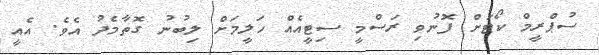
ސުޕްރީމް ކޯޓަށް ފޮނުވި ރަސްމީ ސިޓީއެއް ހަލީމަށް ލިބުނު ގޮތާމެދު އެވެ. އެއީ